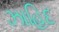
ઝાહિદ